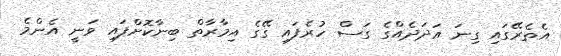
އެތެރޭގައި ގިނަ އަދަދެއްގެ ގަސް ހުރެފައި ގޭގެ އިމާރާތް ބިނާކޮށްފައި ވަނީ އެންމެ